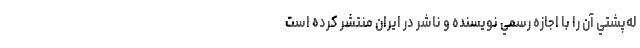
له‌پشتي آن را با اجازه رسمي نويسنده و ناشر در ايران منتشر كرده است